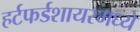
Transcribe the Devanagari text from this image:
हर्टफर्डशायरमध्ये